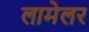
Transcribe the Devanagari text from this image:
लामेलर